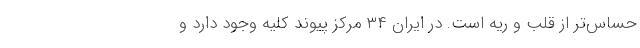
حساس‌تر از قلب و ریه است. در ایران ۳۴ مرکز پیوند کلیه وجود دارد و